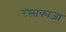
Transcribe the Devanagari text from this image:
रस्सकाज़ा